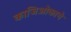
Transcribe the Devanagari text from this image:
काजिओकाचे